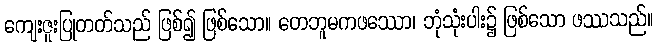
ကျေးဇူးပြုတတ်သည် ဖြစ်၍ ဖြစ်သော။ တေဘူမကဖဿော၊ ဘုံသုံးပါး၌ ဖြစ်သော ဖဿသည်။